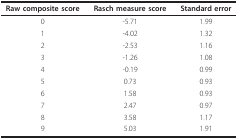
<table><thead><tr><td><b>Raw composite score</b></td><td><b>Rasch measure score</b></td><td><b>Standard error</b></td></tr></thead><tbody><tr><td>0</td><td>-5.71</td><td>1.99</td></tr><tr><td>1</td><td>-4.02</td><td>1.32</td></tr><tr><td>2</td><td>-2.53</td><td>1.16</td></tr><tr><td>3</td><td>-1.26</td><td>1.08</td></tr><tr><td>4</td><td>-0.19</td><td>0.99</td></tr><tr><td>5</td><td>0.73</td><td>0.93</td></tr><tr><td>6</td><td>1.58</td><td>0.93</td></tr><tr><td>7</td><td>2.47</td><td>0.97</td></tr><tr><td>8</td><td>3.58</td><td>1.17</td></tr><tr><td>9</td><td>5.03</td><td>1.91</td></tr></tbody></table>